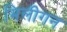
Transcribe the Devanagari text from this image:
मिलीगन